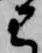
こ